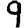
Digit: 9